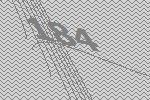
184